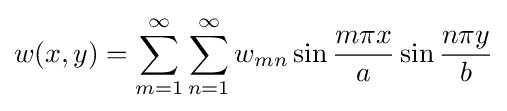
w(x,y)=\sum _{m=1}^{\infty }\sum _{n=1}^{\infty }w_{mn}\sin {\frac {m\pi x}{a}}\sin {\frac {n\pi y}{b}}